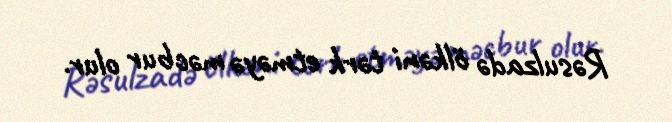
Rəsulzadə ölkəni tərk etməyə məcbur olur.